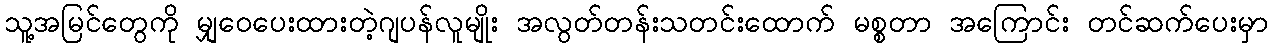
သူ့အမြင်တွေကို မျှဝေပေးထားတဲ့ဂျပန်လူမျိုး အလွတ်တန်းသတင်းထောက် မစ္စတာ အကြောင်း တင်ဆက်ပေးမှာ